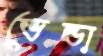
ভেন্ডা